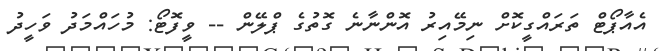
އެއާޕޯޓް ތަރައްގީކޮށް ނިމޭއިރު އޮންނާނެ ގޮތުގެ ޕްލޭން -- ވީފޮޓޯ: މުހައްމަދު ވަހީދު